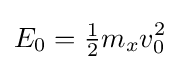
E_{0}={\tfrac {1}{2}}m_{x}v_{0}^{2}\,\!